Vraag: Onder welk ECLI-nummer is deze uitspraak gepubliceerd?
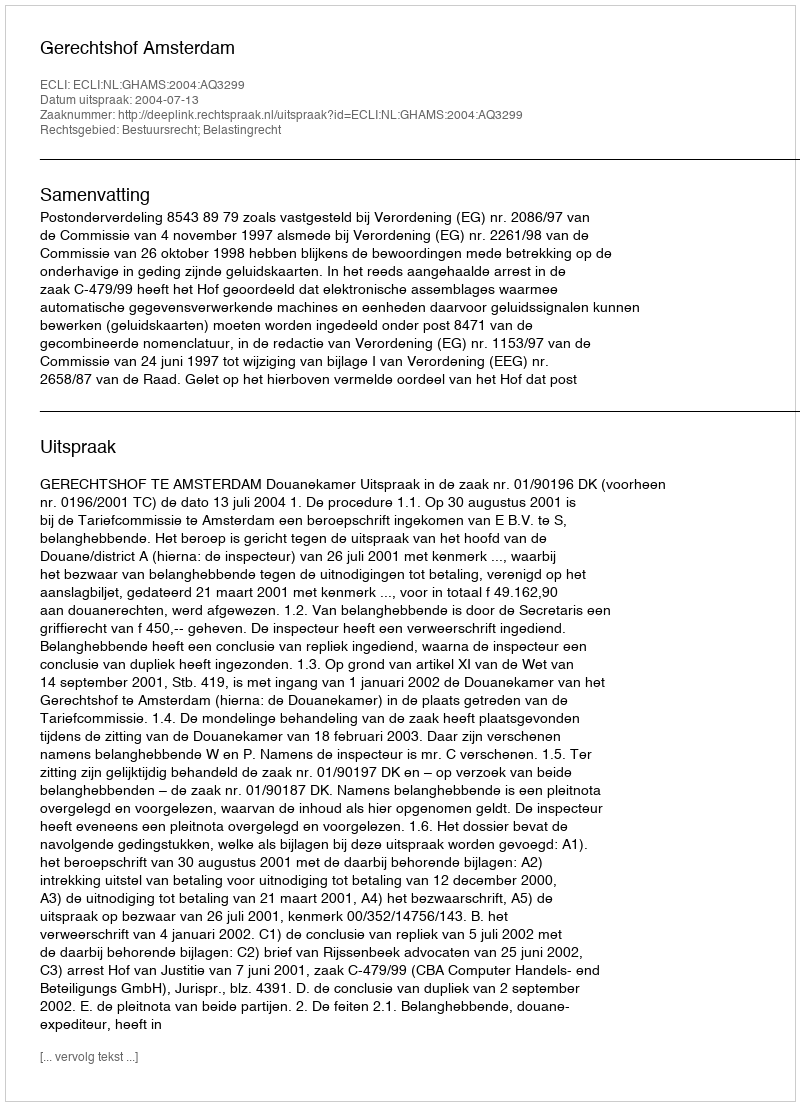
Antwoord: ECLI:NL:GHAMS:2004:AQ3299